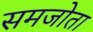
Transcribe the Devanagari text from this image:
समजोता